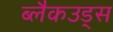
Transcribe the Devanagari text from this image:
ब्लैकउड्स